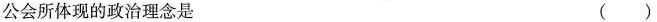
公会所体现的政治理念是 ( )